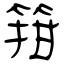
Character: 箝